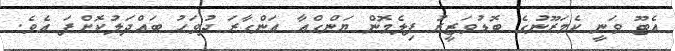
އެޓޫ ވަނީ ކެމަރޫނުގެ ބޮޑުވަޒީރު ފިލެމޮން ޔަންގްއާ އަންގާރަ ދުވަހު ބައްދަލުކޮށްފަ އެވެ.